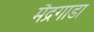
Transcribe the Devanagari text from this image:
मैद्रगाडा